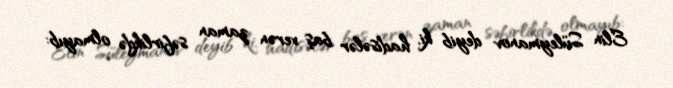
Elin Süleymanov deyib ki, hadisələr baş verən zaman səfirlikdə olmayıb: